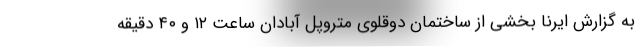
به گزارش ایرنا بخشی از ساختمان دوقلوی متروپل آبادان ساعت ۱۲ و ۴۰ دقیقه